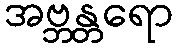
အဗ္ဘန္တရော